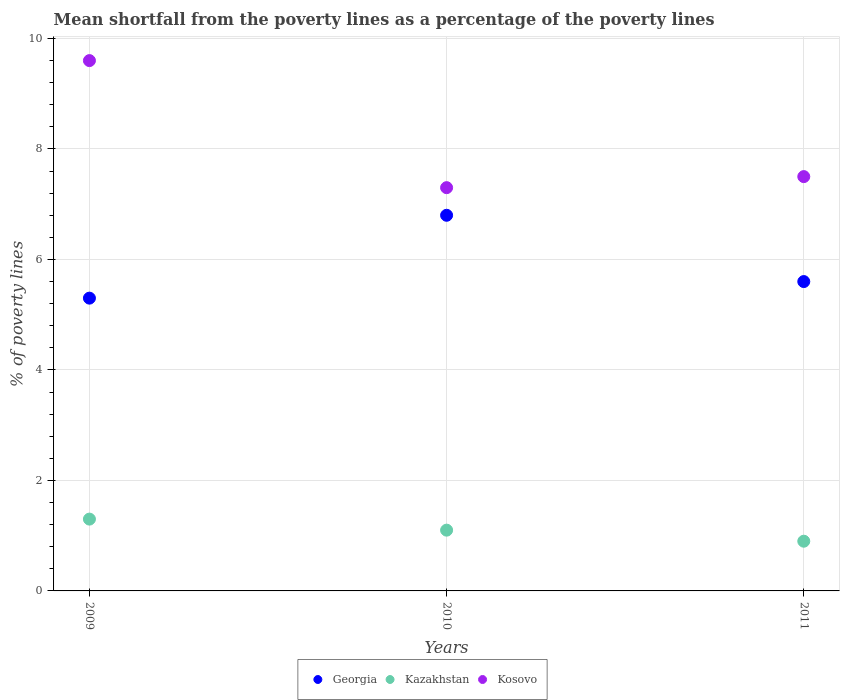
| Years | Georgia | Kazakhstan | Kosovo |
 | --- | --- | --- | --- |
 | 2009 | 5.3 | 1.3 | 9.6 |
 | 2010 | 6.8 | 1.1 | 7.3 |
 | 2011 | 5.6 | 0.9 | 7.5 |